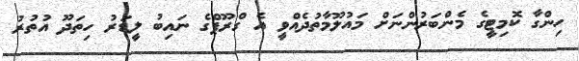
ހިންގާ ކޮމިޓީގެ މެންބަރުންނަށް މައުލޫމާތުދެއްވީ އެ ގްރޫޕްގެ ނައިބު ލީޑަރު ހިތަދޫ އުތުރު